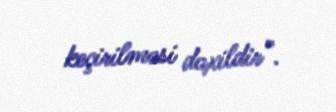
keçirilməsi daxildir”.